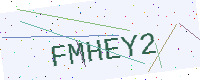
Text: FMHEY2